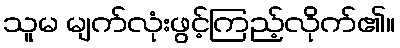
သူမ မျက်လုံးဖွင့်ကြည့်လိုက်၏။